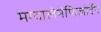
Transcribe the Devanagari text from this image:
मग्दालेनेफिजोर्डेन